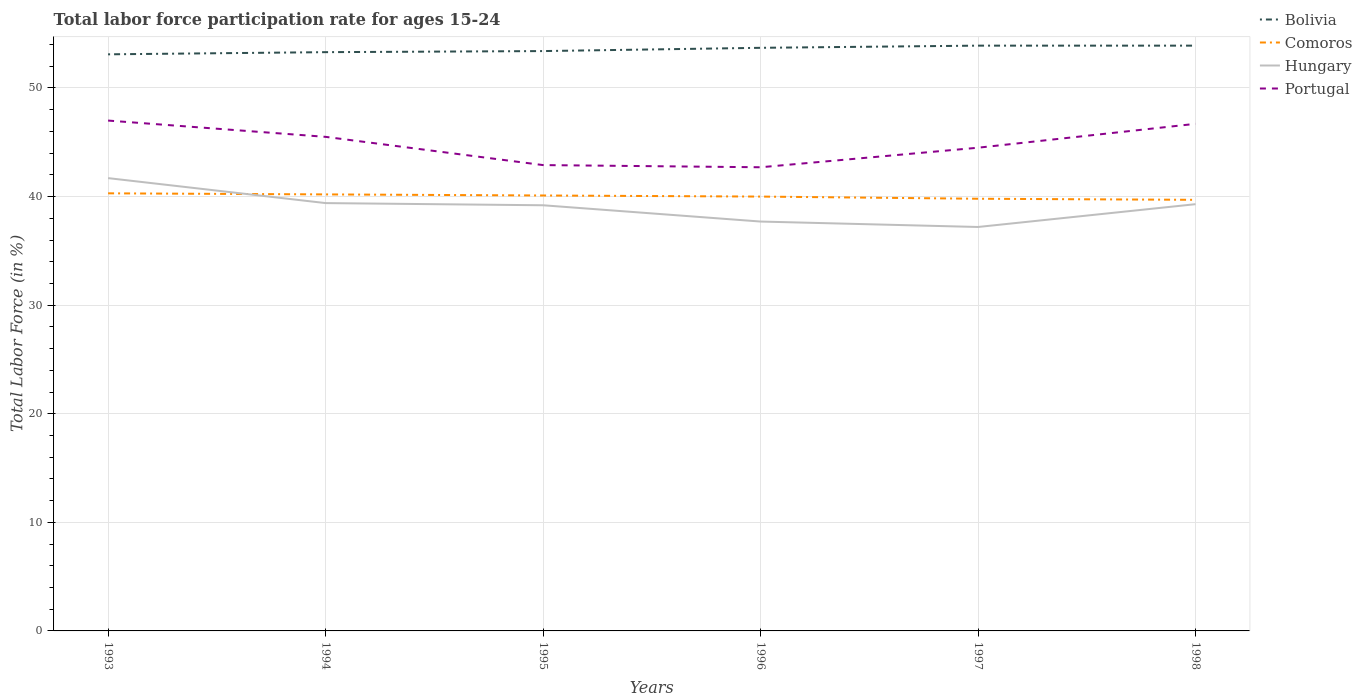
| Years | Bolivia | Comoros | Hungary | Portugal |
 | --- | --- | --- | --- | --- |
 | 1993 | 53.1 | 40.3 | 41.7 | 47 |
 | 1994 | 53.3 | 40.2 | 39.4 | 45.5 |
 | 1995 | 53.4 | 40.1 | 39.2 | 42.9 |
 | 1996 | 53.7 | 40 | 37.7 | 42.7 |
 | 1997 | 53.9 | 39.8 | 37.2 | 44.5 |
 | 1998 | 53.9 | 39.7 | 39.3 | 46.7 |